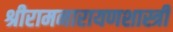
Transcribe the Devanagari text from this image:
श्रीरामनारायणशास्त्री